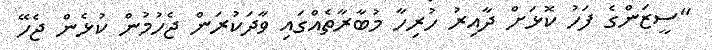
"ސީޒަންގެ ފަހު ކޮޅަށް ދާއިރު ހުރިހާ މުބާރާތެއްގައި ވާދަކުރަން ޖެހުމުން ކުޅެން ޖެހޭ